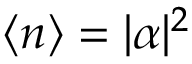
\langle n \rangle = | \alpha | ^ { 2 }